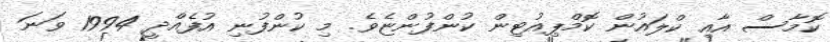
ކޮމާސް އާއި ކްލައުން ކޮމްޕިއުޓިން ކުންފުންޏެވެ. މި ކުންފުނި އުފެއްދީ 1994 ވަނަ